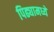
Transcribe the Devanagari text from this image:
पिढ्यामध्ये